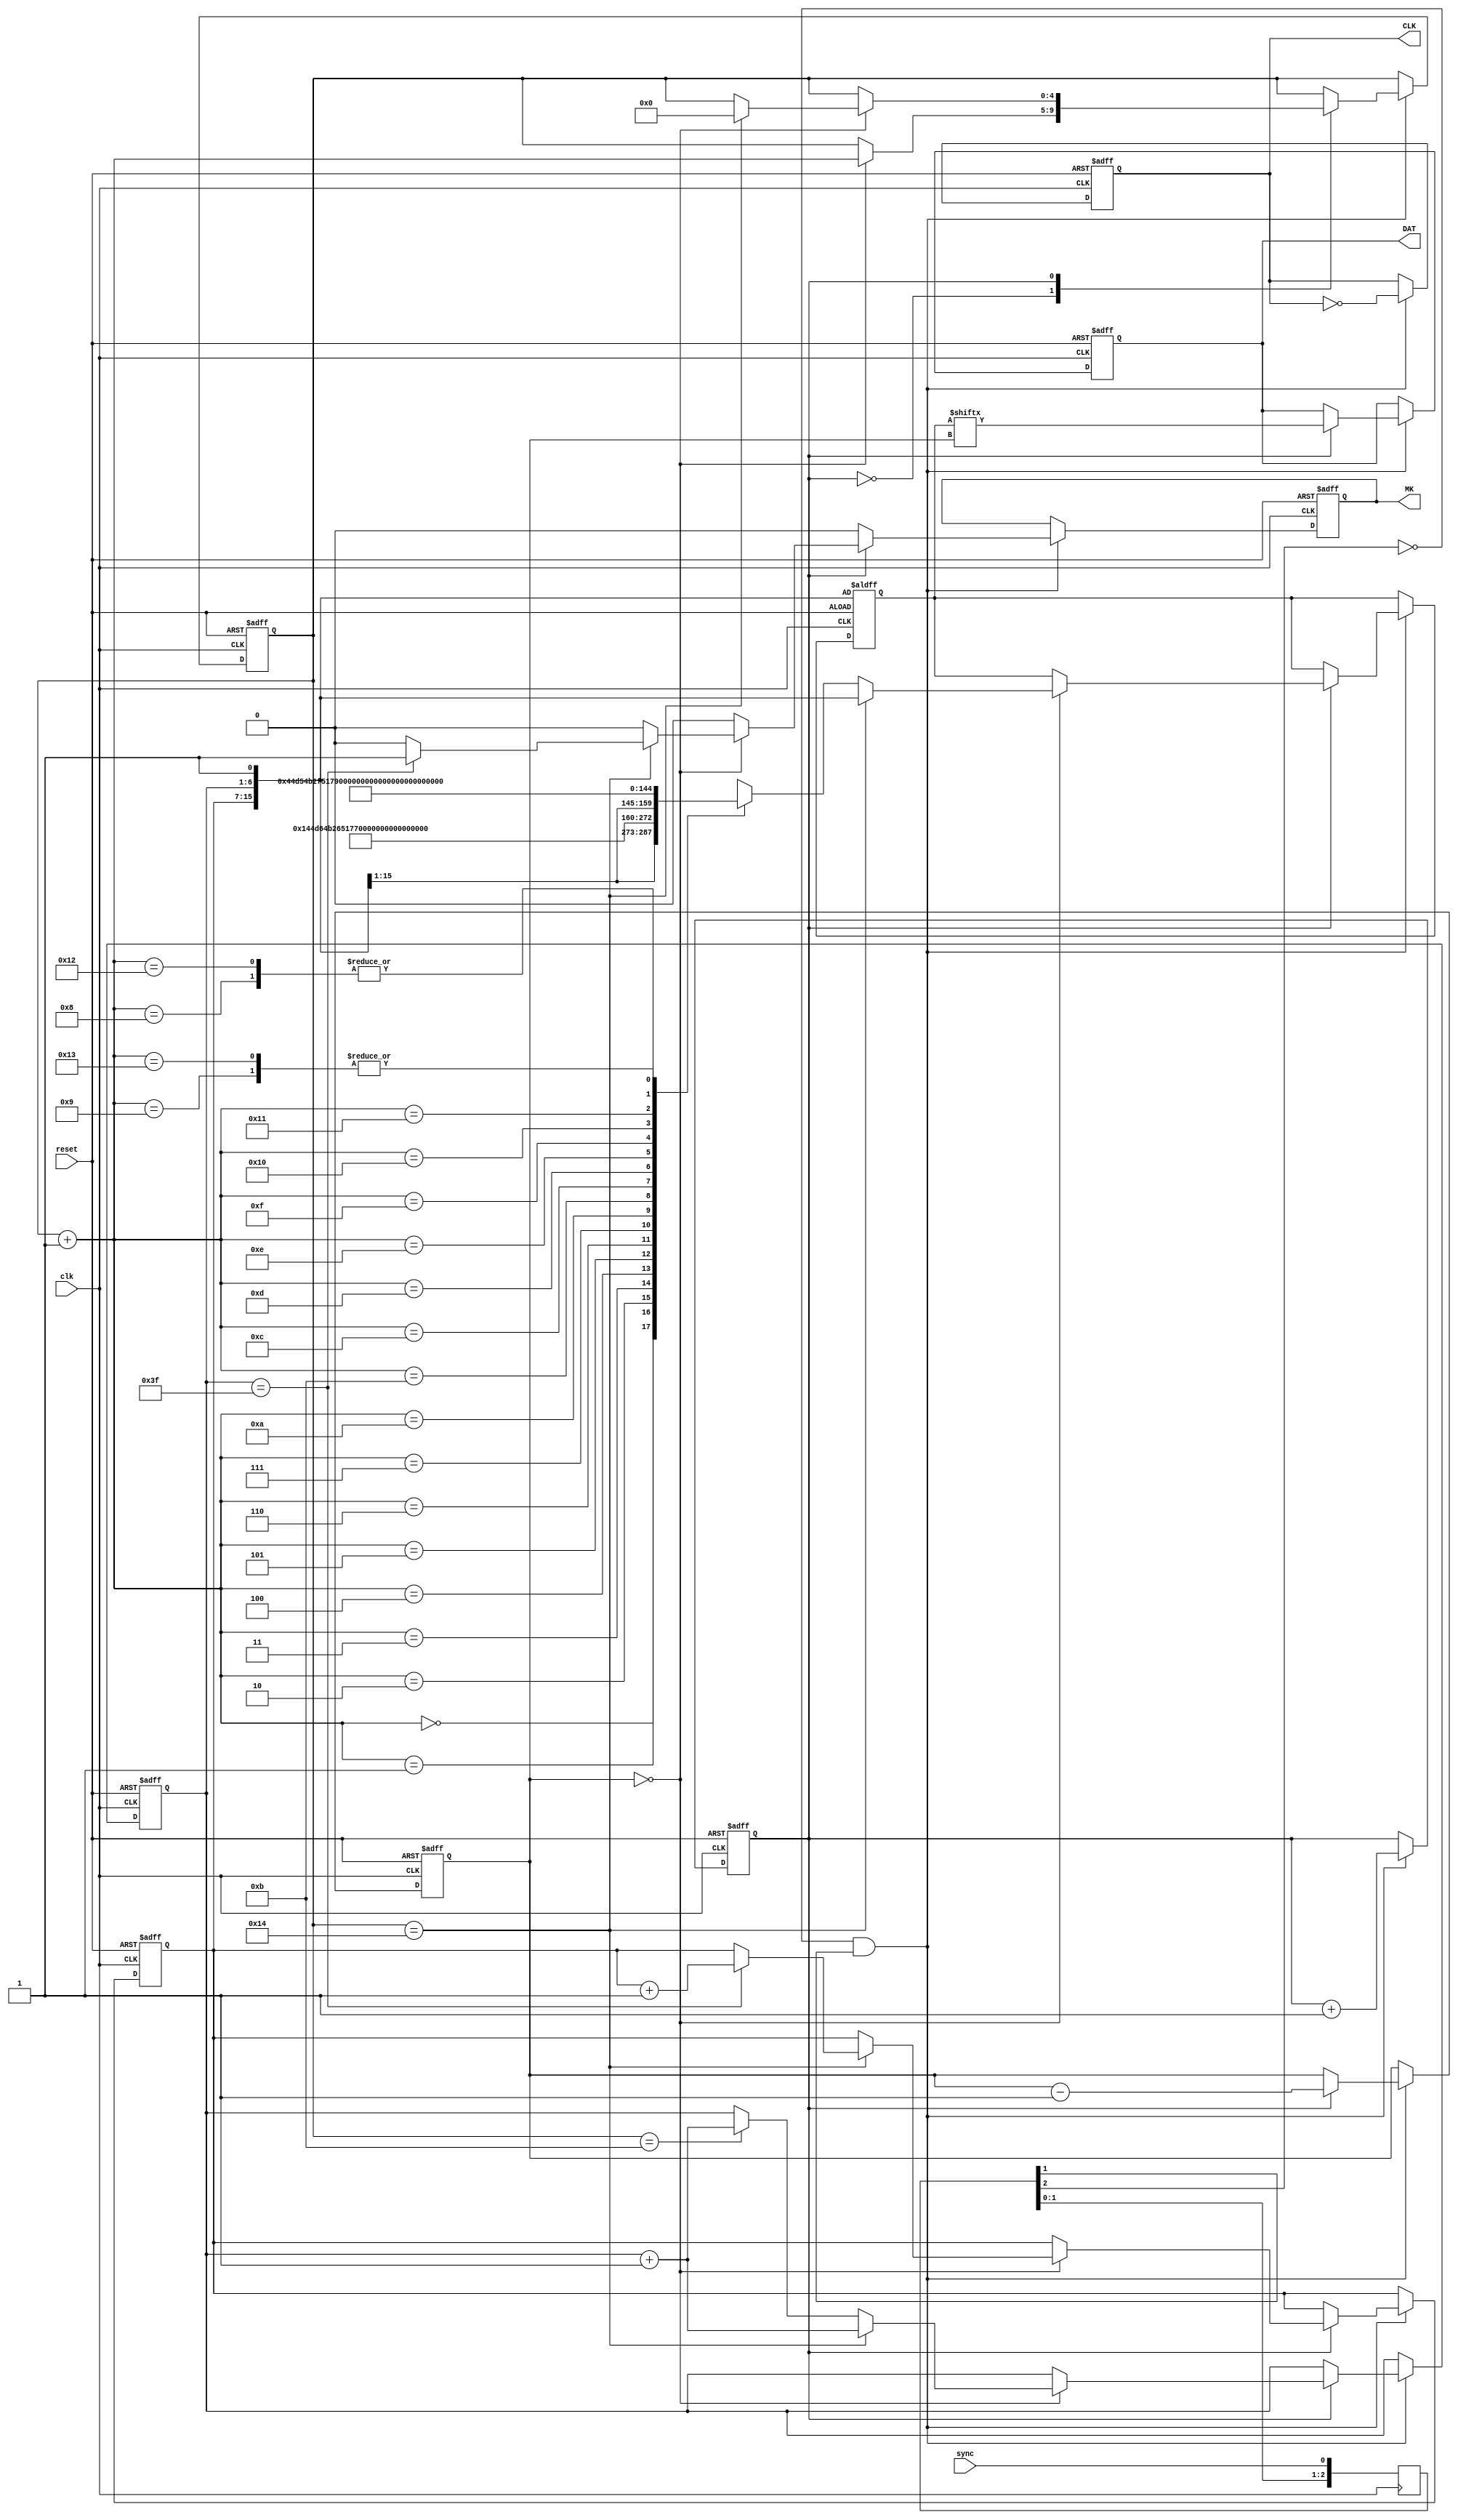
module TheFrame (
	input				clk,
	input				sync,
	input				reset,
	output	reg	MK,
	output	reg	CLK,
	output	reg	DAT
);
reg	[2:0]		syncReg;
wire				syncFront;			
always@(posedge clk) syncReg <= { syncReg[1:0],  sync };
assign	syncFront	=	(!syncReg[2] & syncReg[1]);

// Common
reg	[8:0]		frmNum;
reg	[5:0]		strNum;
// Static
reg	[11:0]	OK1	=	12'd1101;
reg	[11:0]	OK2	=	12'd1202;
reg	[11:0]	OK3	=	12'd1303;
reg	[11:0]	VK1	=	12'd0;
reg	[11:0]	VK2	=	12'd240;
reg	[11:0]	VK3	=	12'd3855;
reg	[11:0]	UF1	=	12'd1365;
reg	[11:0]	UF2	=	12'd2730;
reg	[11:0]	UF3	=	12'd4095;
reg	[7:0]		corr	=	8'd101;
reg	[7:0]		pel	=	8'd111;
reg	[7:0]		XD		=	8'd121;
reg	[7:0]		YD		=	8'd131;
reg	[7:0]		RM		=	8'd141;
reg	[7:0]		POS	=	8'd151;
reg	[7:0]		ARU	=	8'd161;
// Structure
wire	[15:0]	w[0:19];
assign			w[0]	=	{frmNum[8:0],	strNum[5:0],	1'b1	};
assign			w[1]	=	{OK1[11:0],		corr[7:4]				};
assign			w[2]	=	{OK2[11:0],		pel[7:4]					};
assign			w[3]	=	{OK3[11:0],		XD[7:4]					};
assign			w[4]	=	{VK1[11:0],		YD[7:4]					};
assign			w[5]	=	{VK2[11:0],		RM[7:4]					};
assign			w[6]	=	{VK3[11:0],		POS[7:4]					};
assign			w[7]	=	{UF1[11:0],		ARU[7:4]					};
assign			w[8]	=	{UF2[11:0],							4'd0	};
assign			w[9]	=	{UF3[11:0],							4'd0	};
assign			w[10]	=	{frmNum[8:0],	strNum[5:0],	1'b0	};
assign			w[11]	=	{OK1[11:0],		corr[3:0]				};
assign			w[12]	=	{OK2[11:0],		pel[3:0]					};
assign			w[13]	=	{OK3[11:0],		XD[3:0]					};
assign			w[14]	=	{VK1[11:0],		YD[3:0]					};
assign			w[15]	=	{VK2[11:0],		RM[3:0]					};
assign			w[16]	=	{VK3[11:0],		POS[3:0]					};
assign			w[17]	=	{UF1[11:0],		ARU[3:0]					};
assign			w[18]	=	{UF2[11:0],							4'd0	};
assign			w[19]	=	{UF3[11:0],							4'd0	};

reg	[3:0]		bitNum;
reg	[4:0]		wrdNum;
reg	[15:0]	thisWord;
reg				sequence;

always@(posedge clk or negedge reset) begin
	if (~reset) begin
		frmNum <= 9'b111111111;
		strNum <= 6'd63;
		wrdNum <= 5'd20;
		bitNum <= 4'b0;
		sequence <= 1'b1;
		thisWord <= w[0];//16'd0;
		CLK <= 1'b0;
		DAT <= 1'b0;
		MK <= 1'b0;
	end else begin
		if(syncFront)begin
			MK <= 1'b0;
			CLK <= ~CLK;
			sequence <= sequence + 1'b1;
			case(sequence)
				0: begin
					if (bitNum == 4'b0) begin
						wrdNum <= wrdNum + 1'b1;
					end
				end
				1: begin
					DAT <= thisWord[bitNum];
					bitNum <= bitNum - 1'b1;
					if (bitNum == 4'b0) begin
						if (wrdNum == 20)
							thisWord <= w[0];
						else
							thisWord <= w[wrdNum + 1'b1];
						
						//wrdNum <= wrdNum + 1'b1;
						if (wrdNum == 5'd11) 
							strNum <= strNum + 1'b1;
						if (wrdNum == 5'd20) begin
							strNum <= strNum + 1'b1;
							wrdNum <= 5'd0;
							if(strNum == 63) begin
								frmNum <= frmNum + 1'b1;
								MK <= 1'b1;
							end
						end
					end
				end
			endcase
		end		
	end
end
endmodule